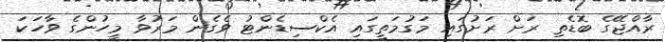
ރާއްޖޭގެ ބޮޑެތި ރަށް ރަށުގައި މަގުމަތީގައި އެކްސިޑެންޓު ވެގެން މަރުވާ މީހުންގެ ވާހަކަ